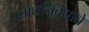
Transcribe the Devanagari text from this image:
शोधनिबंधाचे